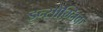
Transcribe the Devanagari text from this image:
इन्सोम्निक